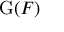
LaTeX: \mathrm { G } ( F )